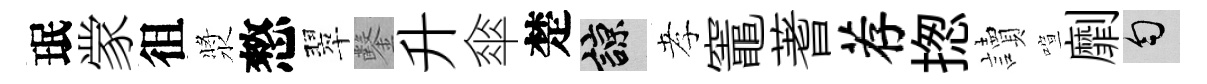
珉䝉徂漿憗翠鑿升傘楚諒孝竈蓍荐揔讀喧劘匀